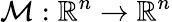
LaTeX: \mathcal{M}:\mathbb{{R}}^{n}\rightarrow\mathbb{{R}}^{n}